Laidoner,_Johan, lk 84
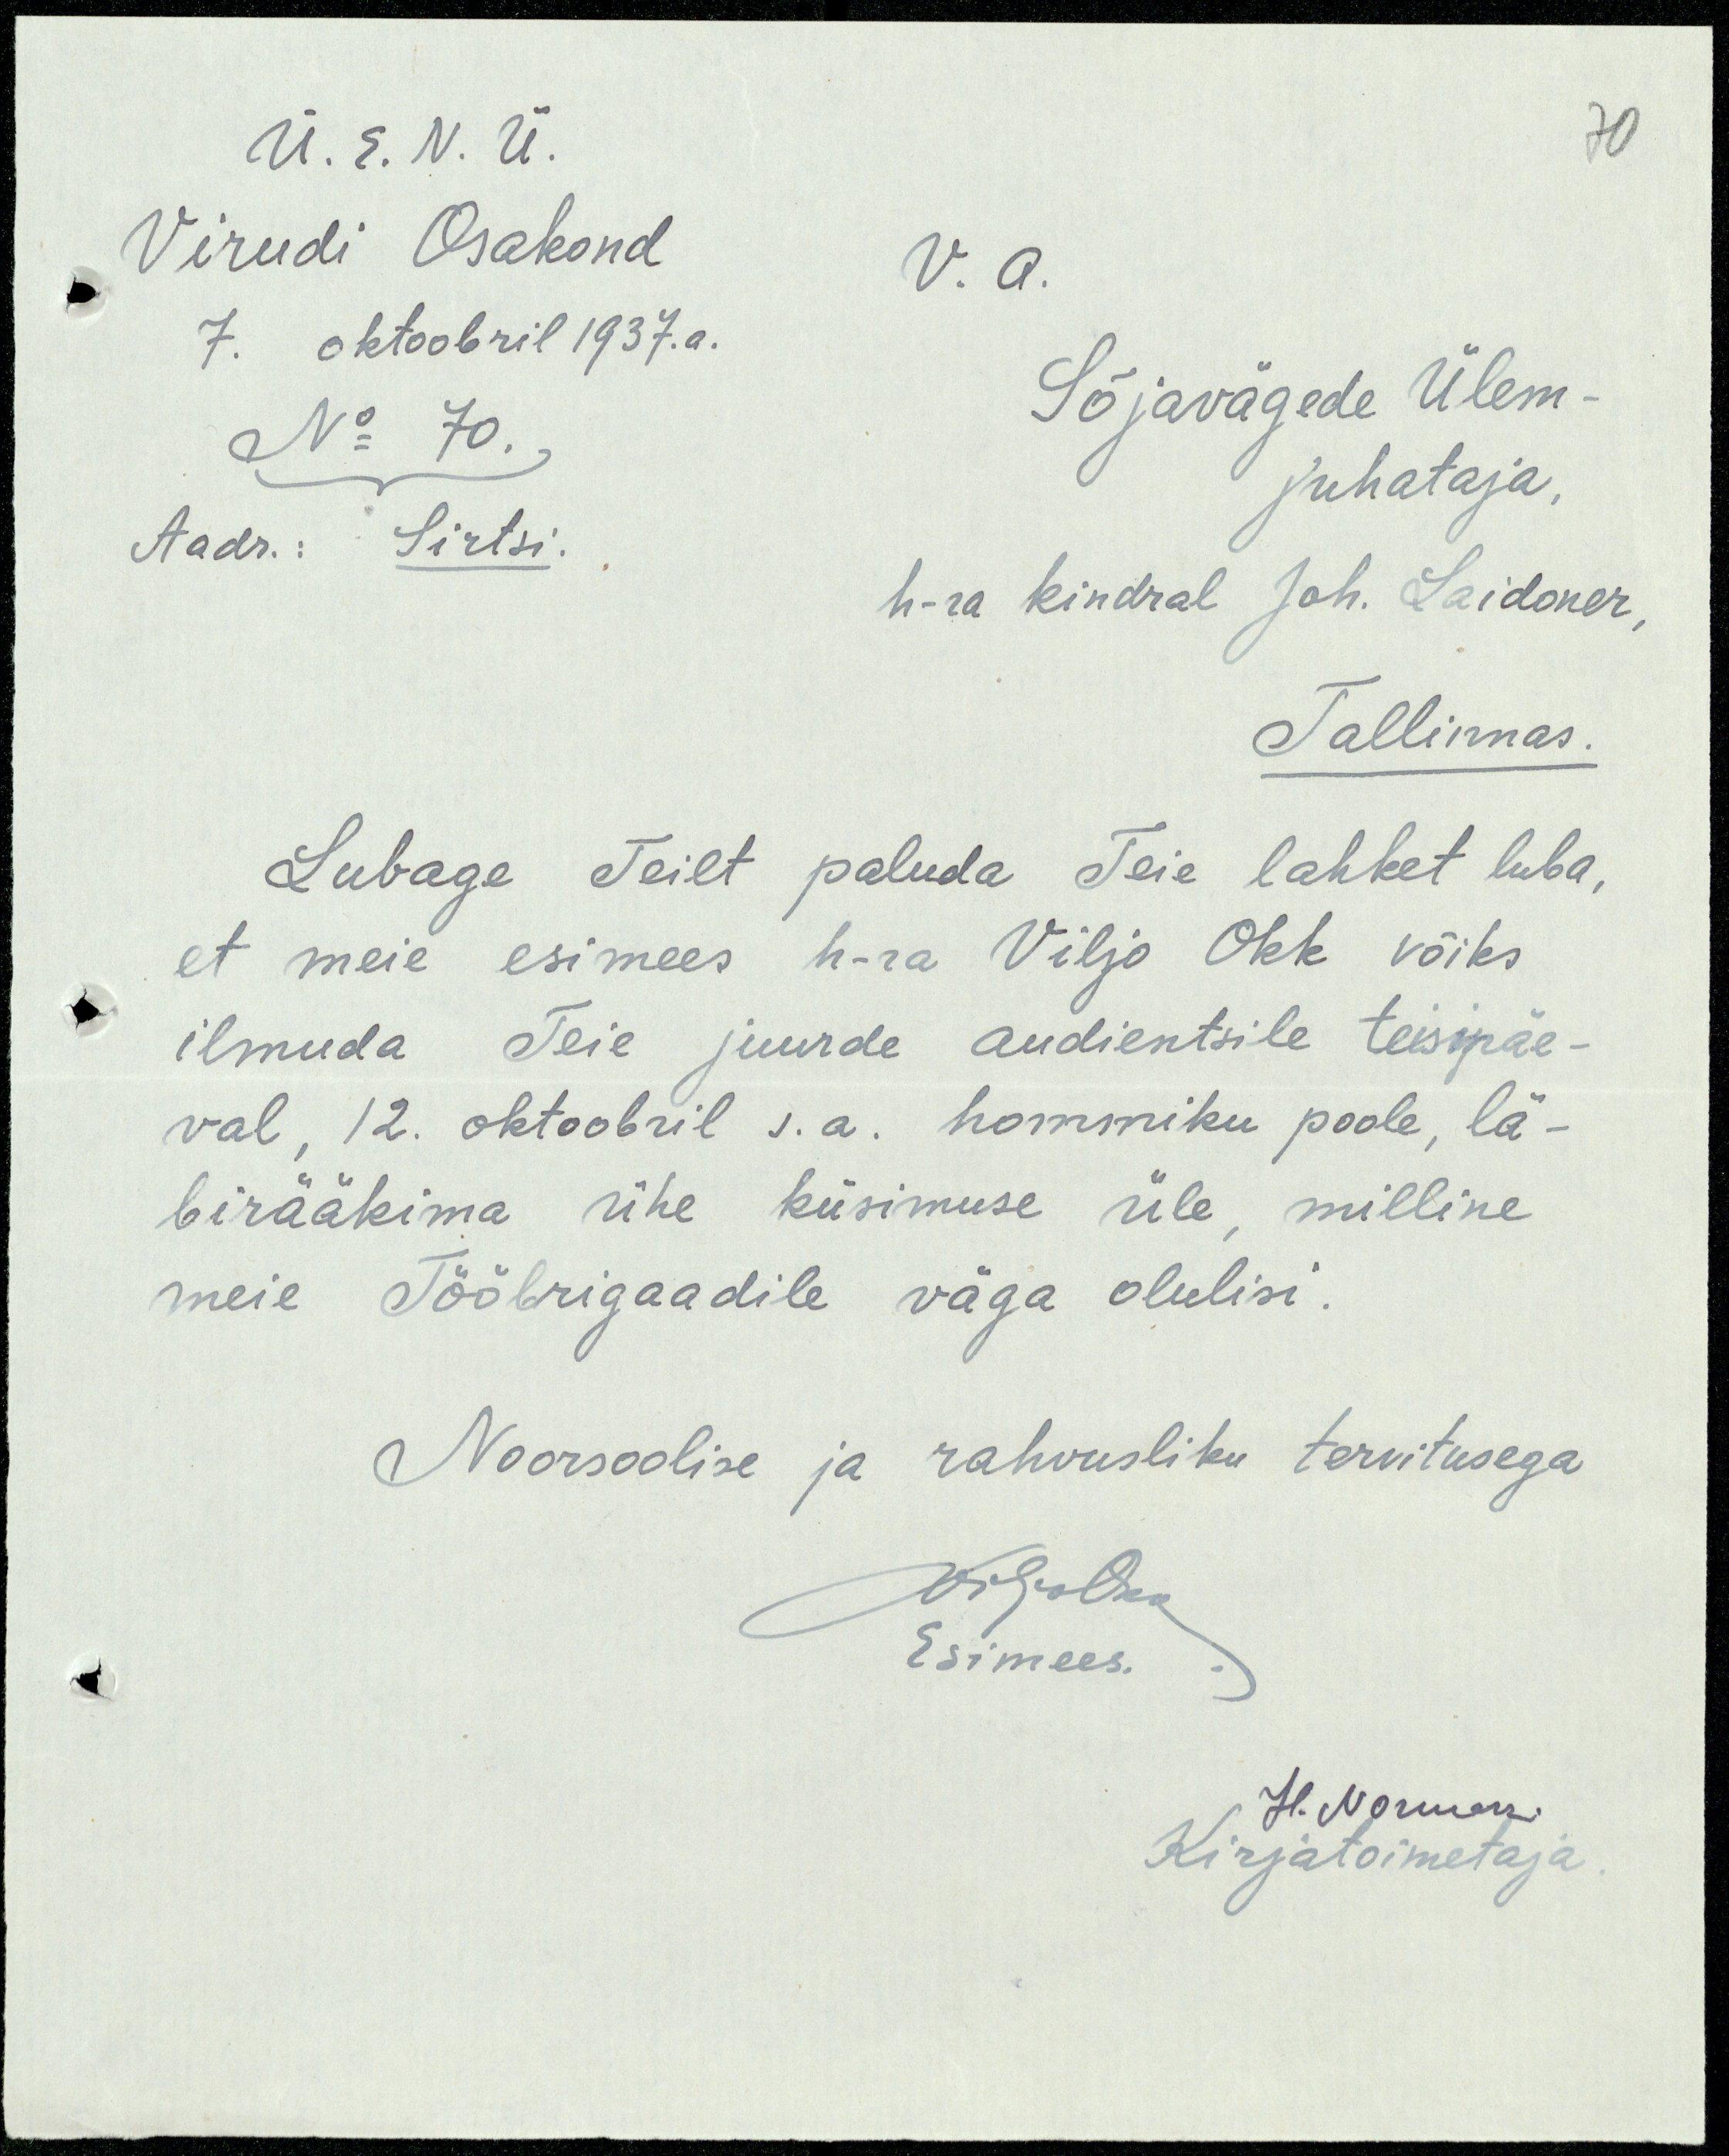
Ü. E. N. Ü.
70
Virudi Osakond
V. a.
7. oktoobril 1937.a.
No 70.
Sõjavägede Ülem-
juhataja.
Aadr.: Sirtsi.
h-ra kindral Joh. Laidoner,
Tallinnas.
Lubage Teilt paluda Teie lahket luba,
et meie esimees h-ra Viljo Okk võiks
ilmuda Teie juurde andientsile teisipäe-
val, 12. oktoobril s.a. hommiku poole, lä-
birääkima ühe küsimuse üle, milline
meie Tööbrigaadile väga olulisi.
Noorsoolise ja rahvusliku tervitusega
Viljo Okk
Esimees.
H. Norman
Kirjatoimetaja